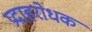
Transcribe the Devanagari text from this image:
प्रदाहरोधक